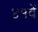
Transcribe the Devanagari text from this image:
४१वें